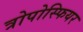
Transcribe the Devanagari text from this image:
त्रोपोस्फियर